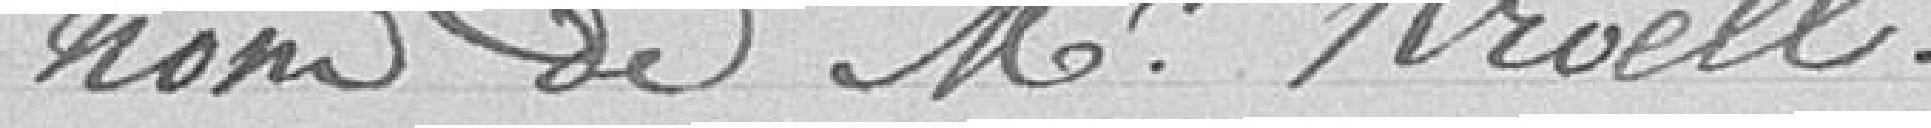
nom de M. Kroell.